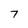
Character: 7